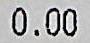
0.00